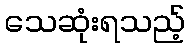
သေဆုံးရသည့်